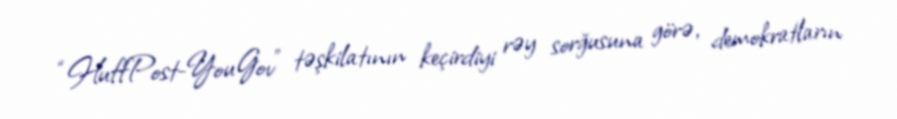
“HuffPost-YouGov” təşkilatının keçirdiyi rəy sorğusuna görə, demokratların